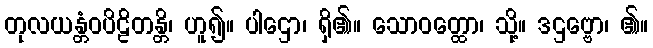
တုလယန္တံဝပိဠိတန္တိ၊ ဟူ၍။ ပါဌော၊ ရှိ၏။ သောဝတ္ထော၊ သို့။ ဒဌဗ္ဗော၊ ၏။